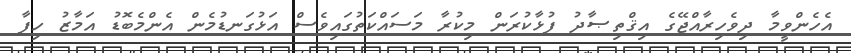
އެހެންވީމާ ދިވެހިރާއްޖޭގެ އިޤްތިޞާދު ފުޅާކުރަން މިކުރާ މަސައްކަތުގައިވެސް އަޅުގަނޑުމެން އެންމެބޮޑު އަމާޒު ހިފާ